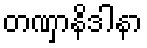
တဏှာနိဒါနာ